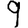
Digit: 9